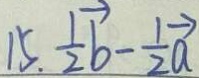
1 5 . \frac { 1 } { 2 } \overrightarrow { b } - \frac { 1 } { 2 } \overrightarrow { a }